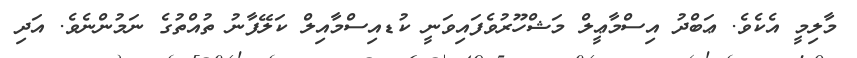
މާލިމީ އެކެވެ. ޢަބްދު އިސްމާޢީލް މަޝްހޫރުވެފައިވަނީ ކުޑއިސްމާއިލް ކަލޭފާނު ތުއްތުގެ ނަމުންނެވެ. އަދި